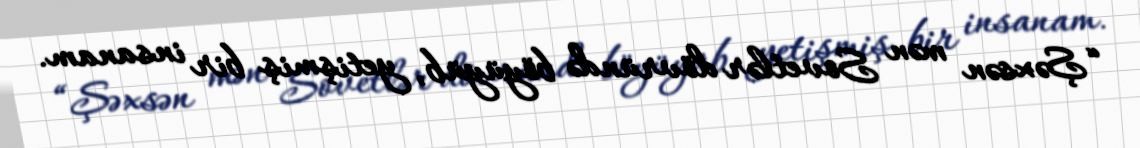
“Şəxsən mən Sovetlər dövründə böyüyüb, yetişmiş bir insanam.